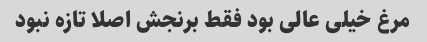
مرغ خیلی عالی بود فقط برنجش اصلا تازه نبود